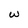
Character: w